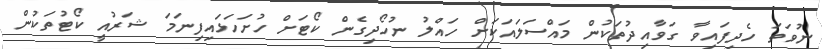
ނުވަތަ ހެދިފައިވާ ގަވާއިދުތަކުން މައްސަލައަކަށް ހައްލު ނުހޯދިގެން ކޯޓަށް ހުށަހަޅައިފިނަމަ ޝަރުއީ ކޯޓުތަކުން